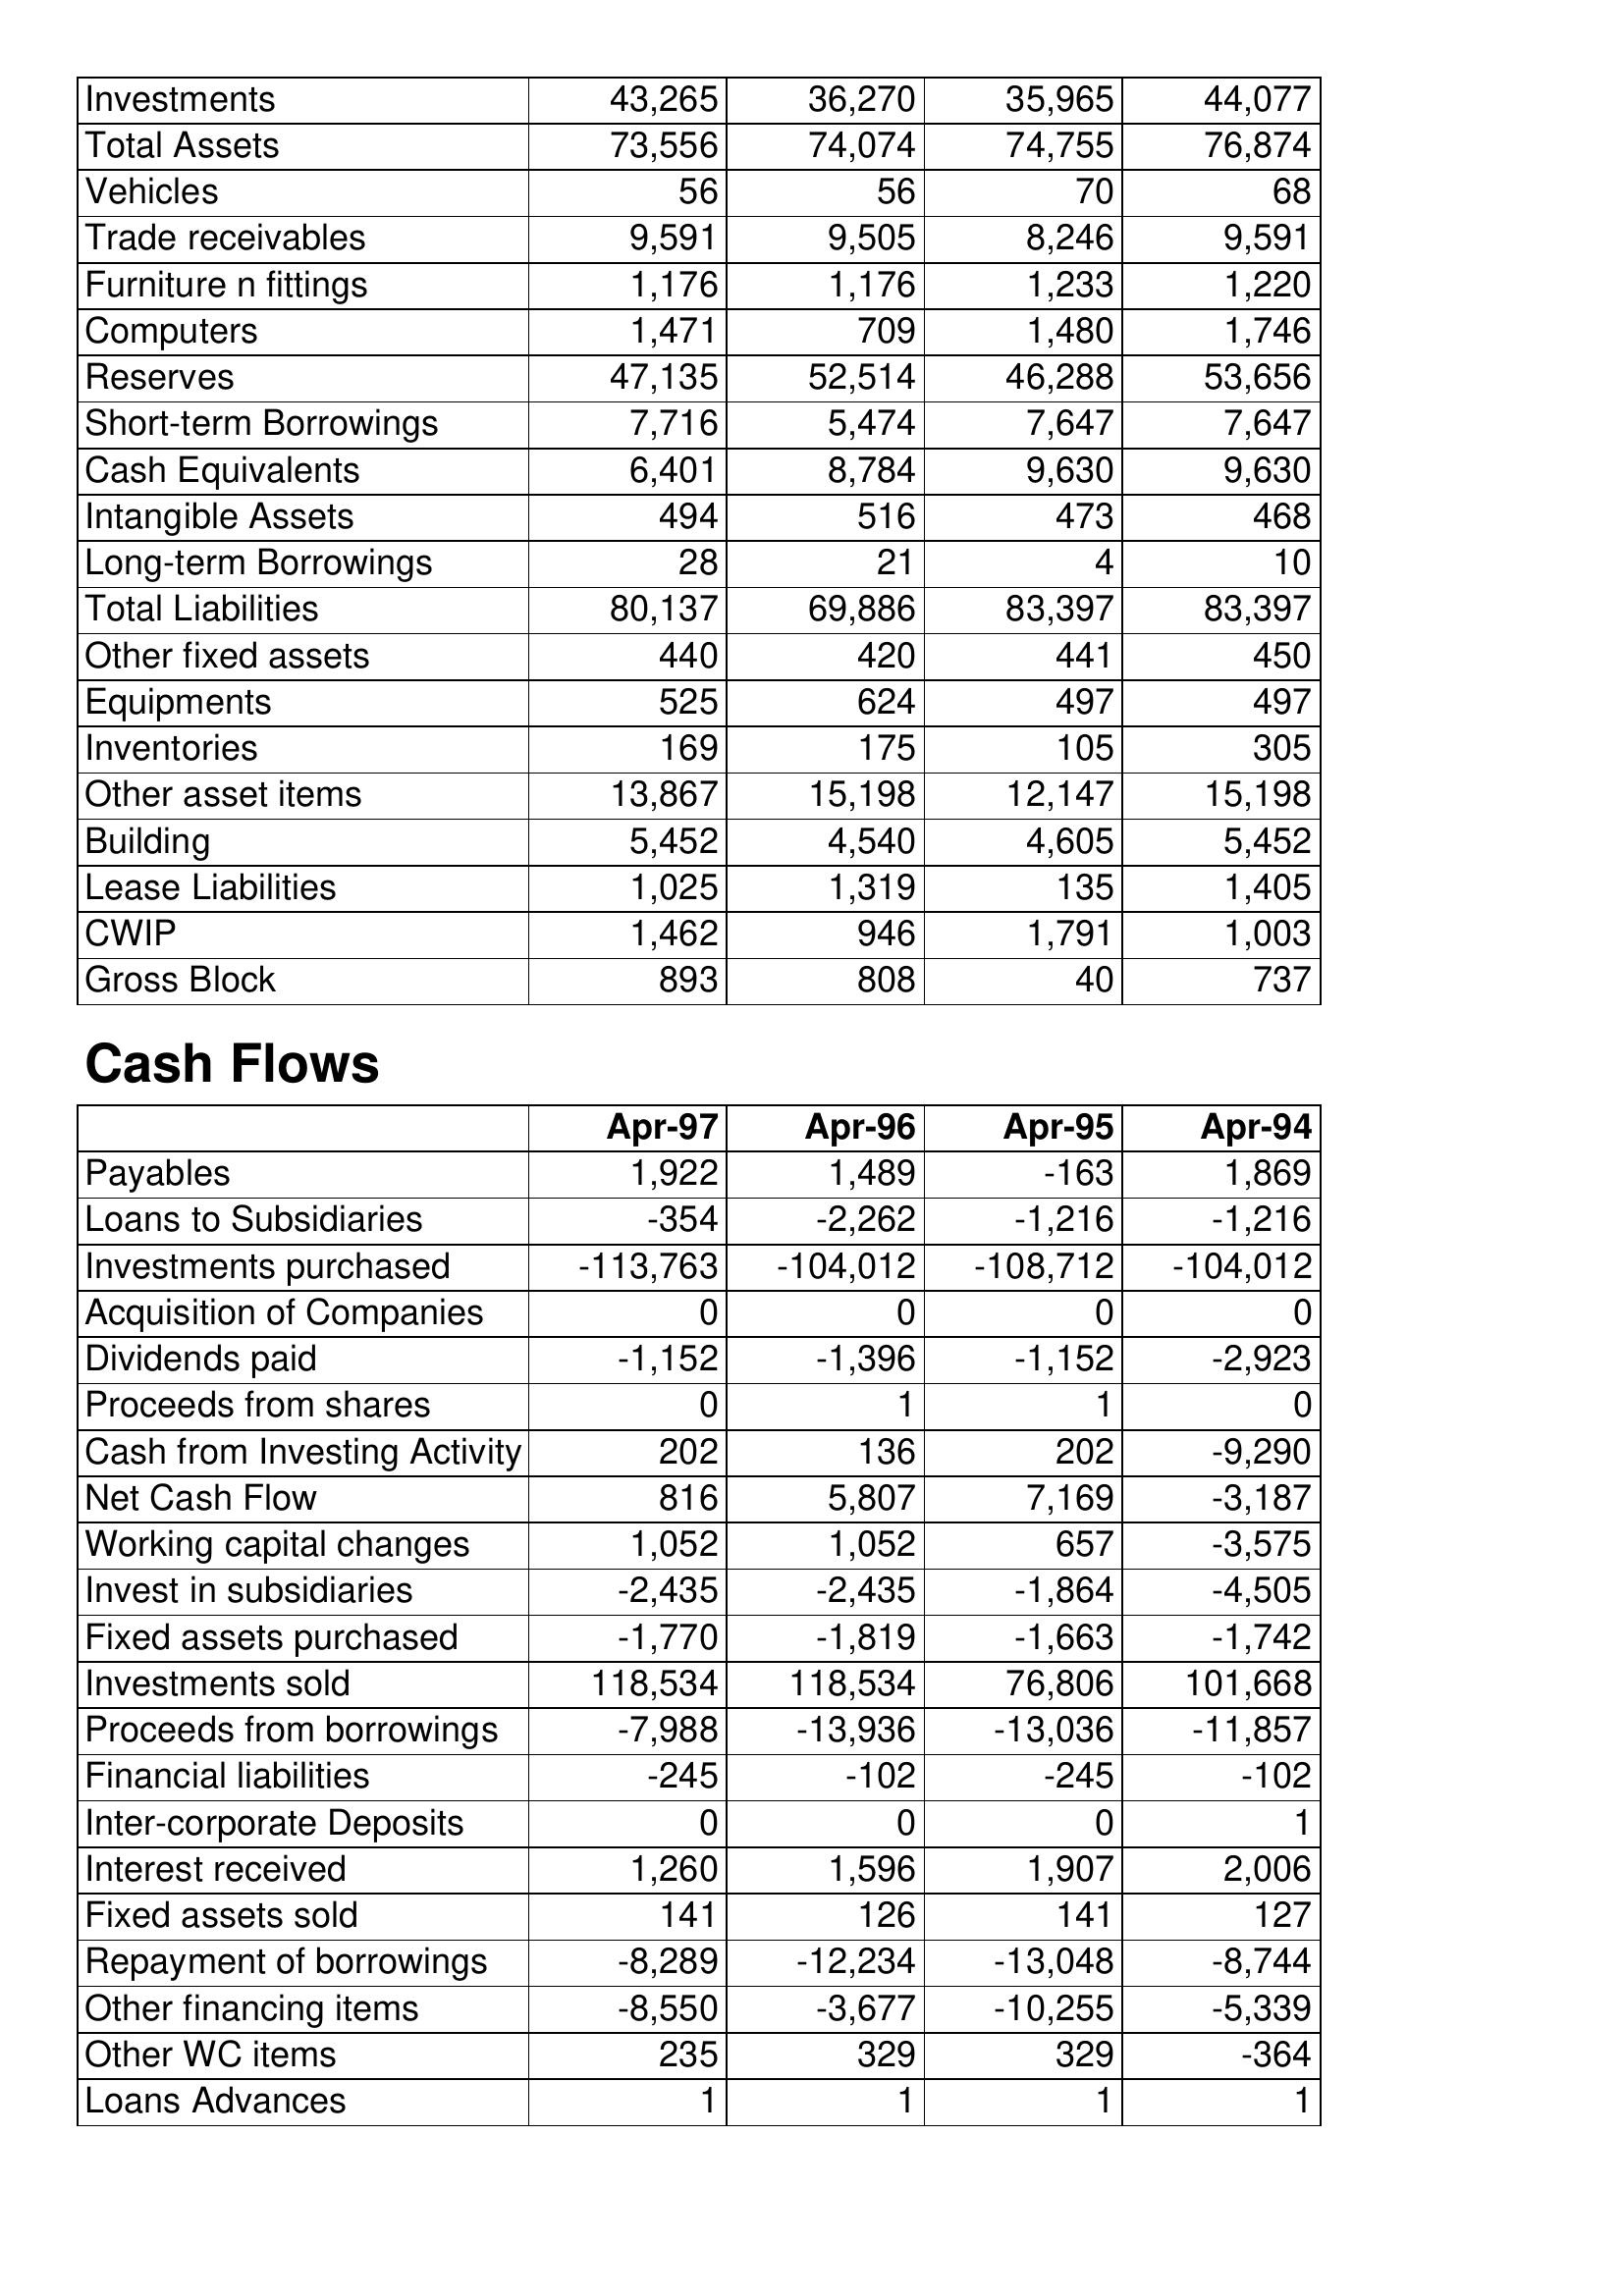
Apr-97: Balance Sheet: Investments: 43,265
Total Assets: 73,556
Vehicles: 56
Trade receivables: 9,591
Furniture n fittings: 1,176
Computers: 1,471
Reserves: 47,135
Short-term Borrowings: 7,716
Cash Equivalents: 6,401
Intangible Assets: 494
Long-term Borrowings: 28
Total Liabilities: 80,137
Other fixed assets: 440
Equipments: 525
Inventories: 169
Other asset items: 13,867
Building: 5,452
Lease Liabilities: 1,025
CWIP: 1,462
Gross Block: 893
Cash Flows: Payables: 1,922
Loans to Subsidiaries: -354
Investments purchased: -113,763
Acquisition of Companies: 0
Dividends paid: -1,152
Proceeds from shares: 0
Cash from Investing Activity: 202
Net Cash Flow: 816
Working capital changes: 1,052
Invest in subsidiaries: -2,435
Fixed assets purchased: -1,770
Investments sold: 118,534
Proceeds from borrowings: -7,988
Financial liabilities: -245
Inter-corporate Deposits: 0
Interest received: 1,260
Fixed assets sold: 141
Repayment of borrowings: -8,289
Other financing items: -8,550
Other WC items: 235
Loans Advances: 1
Apr-96: Balance Sheet: Investments: 36,270
Total Assets: 74,074
Vehicles: 56
Trade receivables: 9,505
Furniture n fittings: 1,176
Computers: 709
Reserves: 52,514
Short-term Borrowings: 5,474
Cash Equivalents: 8,784
Intangible Assets: 516
Long-term Borrowings: 21
Total Liabilities: 69,886
Other fixed assets: 420
Equipments: 624
Inventories: 175
Other asset items: 15,198
Building: 4,540
Lease Liabilities: 1,319
CWIP: 946
Gross Block: 808
Cash Flows: Payables: 1,489
Loans to Subsidiaries: -2,262
Investments purchased: -104,012
Acquisition of Companies: 0
Dividends paid: -1,396
Proceeds from shares: 1
Cash from Investing Activity: 136
Net Cash Flow: 5,807
Working capital changes: 1,052
Invest in subsidiaries: -2,435
Fixed assets purchased: -1,819
Investments sold: 118,534
Proceeds from borrowings: -13,936
Financial liabilities: -102
Inter-corporate Deposits: 0
Interest received: 1,596
Fixed assets sold: 126
Repayment of borrowings: -12,234
Other financing items: -3,677
Other WC items: 329
Loans Advances: 1
Apr-95: Balance Sheet: Investments: 35,965
Total Assets: 74,755
Vehicles: 70
Trade receivables: 8,246
Furniture n fittings: 1,233
Computers: 1,480
Reserves: 46,288
Short-term Borrowings: 7,647
Cash Equivalents: 9,630
Intangible Assets: 473
Long-term Borrowings: 4
Total Liabilities: 83,397
Other fixed assets: 441
Equipments: 497
Inventories: 105
Other asset items: 12,147
Building: 4,605
Lease Liabilities: 135
CWIP: 1,791
Gross Block: 40
Cash Flows: Payables: -163
Loans to Subsidiaries: -1,216
Investments purchased: -108,712
Acquisition of Companies: 0
Dividends paid: -1,152
Proceeds from shares: 1
Cash from Investing Activity: 202
Net Cash Flow: 7,169
Working capital changes: 657
Invest in subsidiaries: -1,864
Fixed assets purchased: -1,663
Investments sold: 76,806
Proceeds from borrowings: -13,036
Financial liabilities: -245
Inter-corporate Deposits: 0
Interest received: 1,907
Fixed assets sold: 141
Repayment of borrowings: -13,048
Other financing items: -10,255
Other WC items: 329
Loans Advances: 1
Apr-94: Balance Sheet: Investments: 44,077
Total Assets: 76,874
Vehicles: 68
Trade receivables: 9,591
Furniture n fittings: 1,220
Computers: 1,746
Reserves: 53,656
Short-term Borrowings: 7,647
Cash Equivalents: 9,630
Intangible Assets: 468
Long-term Borrowings: 10
Total Liabilities: 83,397
Other fixed assets: 450
Equipments: 497
Inventories: 305
Other asset items: 15,198
Building: 5,452
Lease Liabilities: 1,405
CWIP: 1,003
Gross Block: 737
Cash Flows: Payables: 1,869
Loans to Subsidiaries: -1,216
Investments purchased: -104,012
Acquisition of Companies: 0
Dividends paid: -2,923
Proceeds from shares: 0
Cash from Investing Activity: -9,290
Net Cash Flow: -3,187
Working capital changes: -3,575
Invest in subsidiaries: -4,505
Fixed assets purchased: -1,742
Investments sold: 101,668
Proceeds from borrowings: -11,857
Financial liabilities: -102
Inter-corporate Deposits: 1
Interest received: 2,006
Fixed assets sold: 127
Repayment of borrowings: -8,744
Other financing items: -5,339
Other WC items: -364
Loans Advances: 1